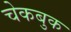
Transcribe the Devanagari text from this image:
चेकबुक